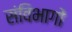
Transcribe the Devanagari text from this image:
संविभागों